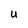
Character: U